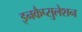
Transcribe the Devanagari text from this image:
इनकैप्सुलेशन